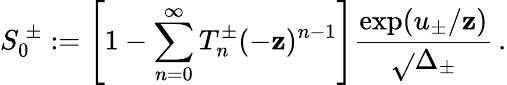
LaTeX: S_{0}^{\ \pm}:=\left[1-\sum_{n=0}^{\infty}T_{n}^{\pm}(-\mathbf{z})^{n-1}\right]{\frac{{\exp(u_{\pm}/\mathbf{z})}}{{\sqrt{}{{\Delta_{\pm}}}}}}\, .